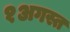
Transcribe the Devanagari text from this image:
१अगस्त